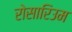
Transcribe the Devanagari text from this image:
रोसारिउम